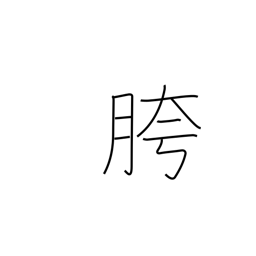
Meaning: crotch